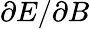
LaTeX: \partial E/\partial B